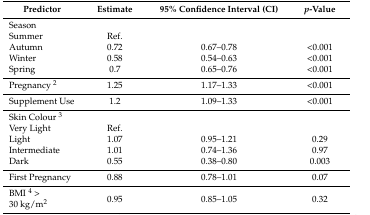
| Predictor | Estimate | 95% Confidence Interval (CI) | p-Value |
 | --- | --- | --- | --- |
 | Season |  |  |  |
 | Summer | Ref. |  |  |
 | Autumn | 0.72 | 0.67–0.78 | <0.001 |
 | Winter | 0.58 | 0.54–0.63 | <0.001 |
 | Spring | 0.7 | 0.65–0.76 | <0.001 |
 | Pregnancy 2 | 1.25 | 1.17–1.33 | <0.001 |
 | Supplement Use | 1.2 | 1.09–1.33 | <0.001 |
 | Skin Colour 3 |  |  |  |
 | Very Light | Ref. |  |  |
 | Light | 1.07 | 0.95–1.21 | 0.29 |
 | Intermediate | 1.01 | 0.74–1.36 | 0.97 |
 | Dark | 0.55 | 0.38–0.80 | 0.003 |
 | First Pregnancy | 0.88 | 0.78–1.01 | 0.07 |
 | BMI 4 > 30 kg/m2 | 0.95 | 0.85–1.05 | 0.32 |